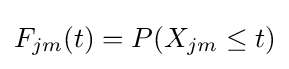
F_{jm}(t)=P(X_{jm}\leq t)